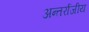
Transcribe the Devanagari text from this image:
अन्तर्राजीय